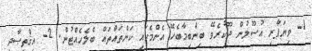
1- ވިޔަފާރި އުސޫލުން ދޫކުރެވޭ ބިންބިމާބެހޭ އެންމެހައި ކަންތައްތައް ބެލެހެއްޓުން. 2- އިޤްތިޞާދީ